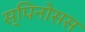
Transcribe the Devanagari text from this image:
स्पिनोसस